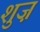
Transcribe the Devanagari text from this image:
शुज़